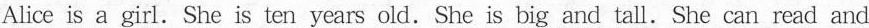
Alice is a girl. She is ten years old.She is big and tall.She can read and